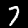
Label: 7